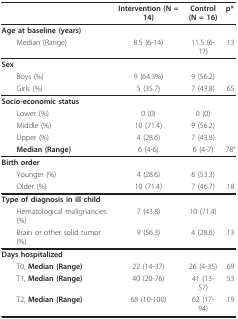
<table><thead><tr><td></td><td><b>Intervention (N = 14)</b></td><td><b>Control(N = 16)</b></td><td><b>p*</b></td></tr></thead><tbody><tr><td><b>Age at baseline (years)</b></td><td></td><td></td><td></td></tr><tr><td> Median (Range)</td><td>8.5 (6-14)</td><td>11.5 (6-17)</td><td>.13</td></tr><tr><td><b>Sex</b></td><td></td><td></td><td></td></tr><tr><td> Boys (%)</td><td>9 (64.3%)</td><td>9 (56.2)</td><td></td></tr><tr><td> Girls (%)</td><td>5 (35.7)</td><td>7 (43.8)</td><td>.65</td></tr><tr><td><b>Socio-economic status</b></td><td></td><td></td><td></td></tr><tr><td> Lower (%)</td><td>0 (0)</td><td>0 (0)</td><td></td></tr><tr><td> Middle (%)</td><td>10 (71.4)</td><td>9 (56.2)</td><td></td></tr><tr><td> Upper (%)</td><td>4 (28.6)</td><td>7 (43.8)</td><td></td></tr><tr><td> <b>Median (Range)</b></td><td>6 (4-6)</td><td>6 (4-7)</td><td>.78°</td></tr><tr><td><b>Birth order</b></td><td></td><td></td><td></td></tr><tr><td> Younger (%)</td><td>4 (28.6)</td><td>8 (53.3)</td><td></td></tr><tr><td> Older (%)</td><td>10 (71.4)</td><td>7 (46.7)</td><td>.18</td></tr><tr><td><b>Type of diagnosis in ill child</b></td><td></td><td></td><td></td></tr><tr><td> Hematological malignancies (%)</td><td>7 (43.8)</td><td>10 (71.4)</td><td></td></tr><tr><td> Brain or other solid tumor (%)</td><td>9 (56.3)</td><td>4 (28.6)</td><td>.13</td></tr><tr><td><b>Days hospitalized</b></td><td></td><td></td><td></td></tr><tr><td> T0, <b>Median (Range)</b></td><td>22 (14-37)</td><td>26 (4-35)</td><td>.69</td></tr><tr><td> T1, <b>Median (Range)</b></td><td>40 (20-76)</td><td>41 (13-57)</td><td>.53</td></tr><tr><td> T2, <b>Median (Range)</b></td><td>68 (10-100)</td><td>62 (17-94)</td><td>.19</td></tr></tbody></table>